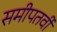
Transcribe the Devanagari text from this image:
समीपतर्वी